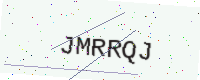
Text: JMRRQJ